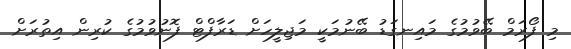
މި ފޯރަމް ބޭވުމުގެ މައިނގަޑު ބޭނުމަކީ މަޖިލީހަށް ޑަރާފްޓް ފޮނުވުމުގެ ކުރިން އިތުރަށް